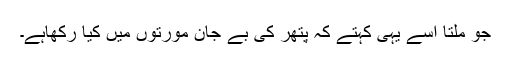
جو ملتا اسے یہی کہتے کہ پتھر کی بے جان مورتوں میں کیا رکھاہے۔